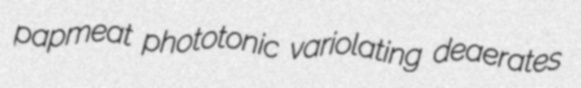
papmeat phototonic variolating deaerates